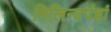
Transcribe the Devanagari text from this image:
मिलिन्दपंहां